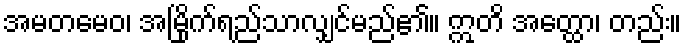
အမတမေဝ၊ အမြိုက်ရည်သာလျှင်မည်၏။ ဣတိ အတ္ထော၊ တည်း။